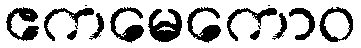
ဧကမေကောဝ